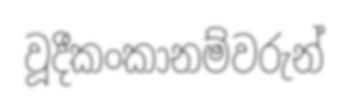
වූදීකංකානම්වරුන්